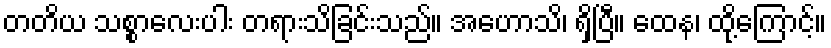
တတိယ သစ္စာလေးပါး တရားသိခြင်းသည်။ အဟောသိ၊ ရှိပြီ။ ထေန၊ ထို့ကြောင့်။